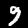
Digit: 9